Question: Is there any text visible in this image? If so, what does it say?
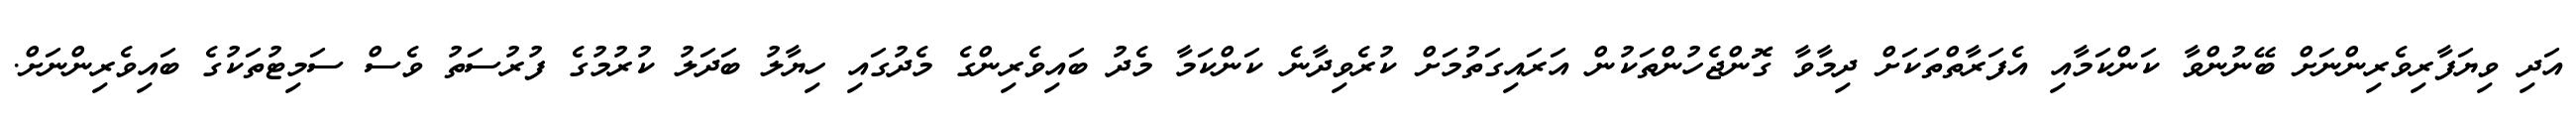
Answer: އަދި ވިޔަފާރިވެރިންނަށް ބޭނުންވާ ކަންކަމާއި އެފަރާތްތަކަށް ދިމާވާ ގޮންޖެހުންތަކުން އަރައިގަތުމަށް ކުރެވިދާނެ ކަންކަމާ މެދު ބައިވެރިންގެ މެދުގައި ހިޔާލު ބަދަލު ކުރުމުގެ ފުރުސަތު ވެސް ސަމިޓުތަކުގެ ބައިވެރިންނަށް.